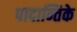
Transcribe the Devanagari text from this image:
पादान्तिके